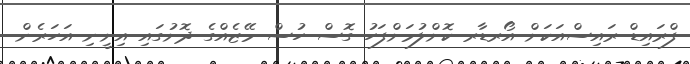
ފްރައިޑް ރައިސްއަކަށް އޯރޑާރ ކޮށްލުމަށްފަހު ގޮސް ހުސް މޭޒެއްގެ ދޮށުގައި އިށީނި އަަހަރެން